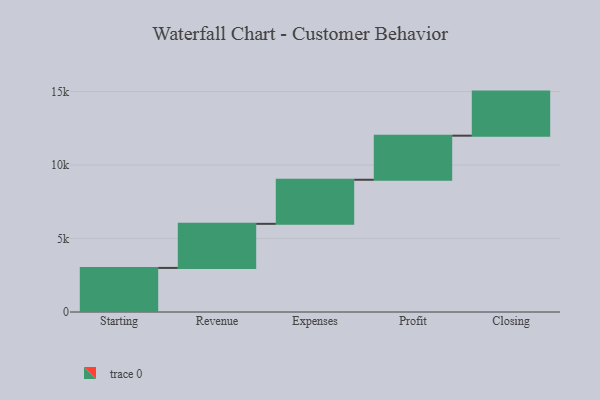
{"axis": {"x": "Step", "y": "Value"}, "legend": [""], "data": [{"x": "Starting", "y": 3000, "type": ""}, {"x": "Revenue", "y": 3000, "type": ""}, {"x": "Expenses", "y": 3000, "type": ""}, {"x": "Profit", "y": 3000, "type": ""}, {"x": "Closing", "y": 3000, "type": ""}]}